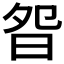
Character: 𣆌